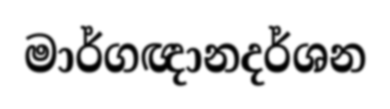
මාර්ගඥානදර්ශන